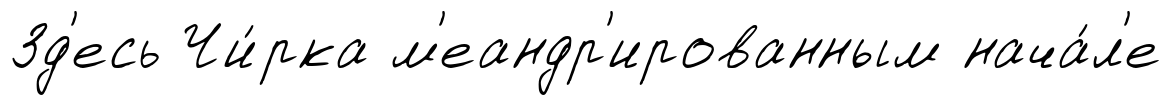
Зд'есь Чи́рка м'еандр'ированным нача́л'е